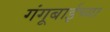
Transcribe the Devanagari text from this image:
गंगूबाईच्या